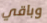
وباقي